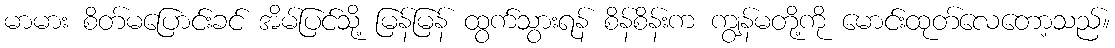
မာမား စိတ်မပြောင်းခင် အိမ်ပြင်သို့ မြန်မြန် ထွက်သွားရန် စိန်စိန်းက ကျွန်မတို့ကို မောင်းထုတ်လေတော့သည်။